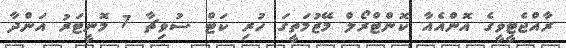
ރާއްޖެޓީވީގެ އޮންއެއާ ކޮންޓްރޯލް މޭޒުމަތީގަ ހުރި ކަޓް ސުވިޗާ 7 މޮނީޓަރު އަންދާ